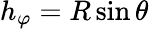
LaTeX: h_{\varphi}=R\sin\theta